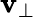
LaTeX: \mathbf{v}_{\perp}